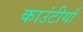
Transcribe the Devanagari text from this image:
काउंटीयाँ